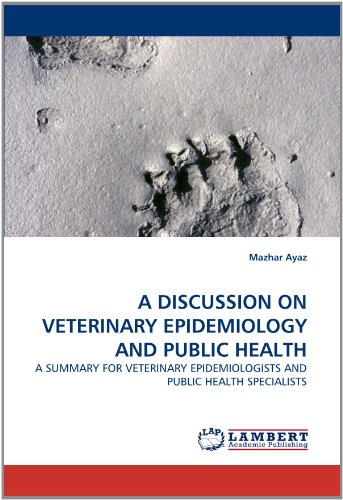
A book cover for A DISCUSSION ON VETERINARY EPIDEMIOLOGY AND PUBLIC HEALTH: A SUMMARY FOR VETERINARY EPIDEMIOLOGISTS AND PUBLIC HEALTH SPECIALISTS; Mazhar Ayaz; Medical Books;